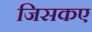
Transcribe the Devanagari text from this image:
जिसकए